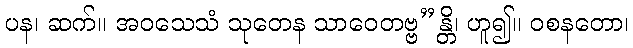
ပန၊ ဆက်။ အဝသေသံ သုတေန သာဝေတဗ္ဗ”န္တိ၊ ဟူ၍။ ဝစနတော၊